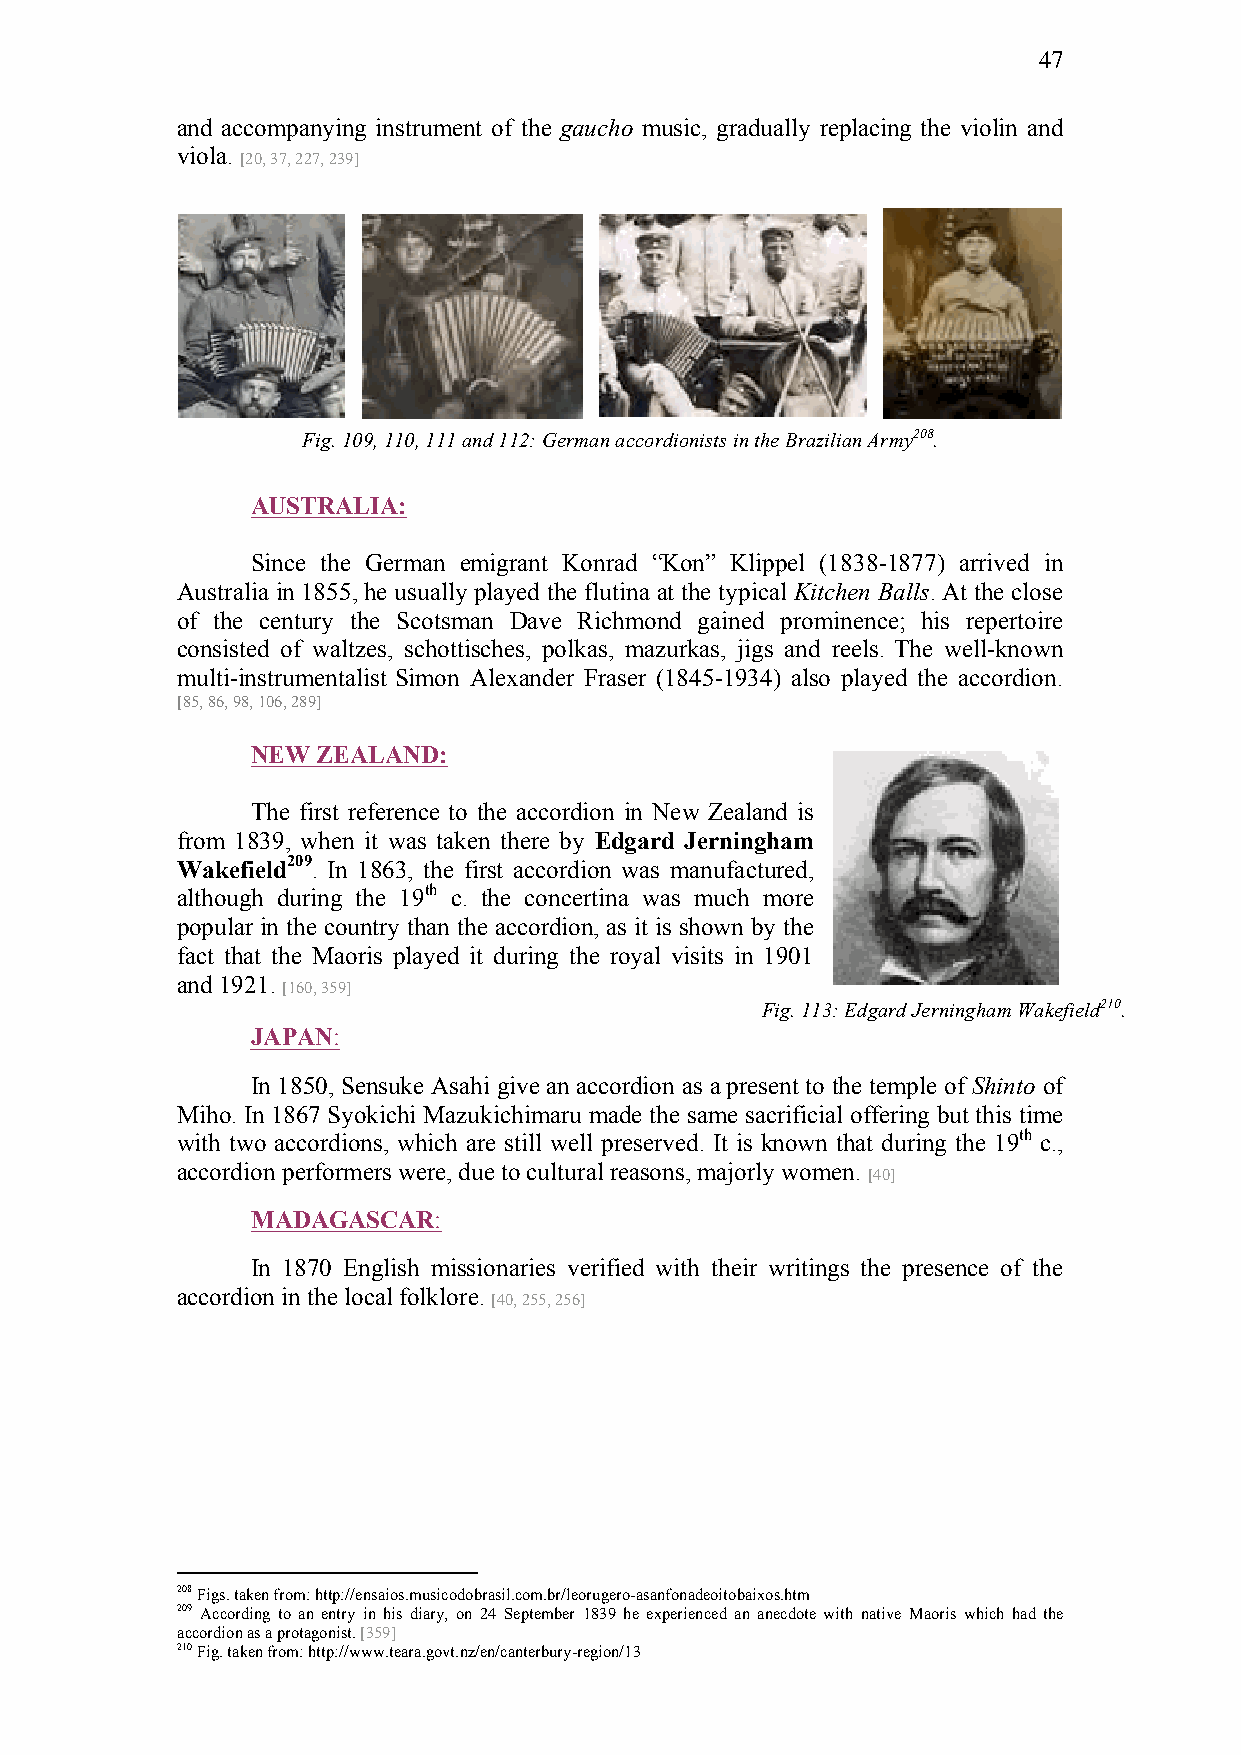
47
 and accompanying instrument of the gaucho music, gradually replacing the violin and
 viola.
 [20, 37, 227, 239]
 Fig. 109, 110, 111 and 112: German accordionists in the Brazilian Army208.
 AUSTRALIA:
 Since the German emigrant Konrad “Kon” Klippel (1838-1877) arrived in
 Australia in 1855, he usually played the flutina at the typical Kitchen Balls. At the close
 of the century the Scotsman Dave Richmond gained prominence; his repertoire
 consisted of waltzes, schottisches, polkas, mazurkas, jigs and reels. The well-known
 multi-instrumentalist Simon Alexander Fraser (1845-1934) also played the accordion.
 [85, 86, 98, 106, 289]
 NEW ZEALAND:
 The first reference to the accordion in New Zealand is
 from 1839, when it was taken there by Edgard Jerningham
 Wakefield209. In 1863, the first accordion was manufactured,
 although during the 19th c. the concertina was much more
 popular in the country than the accordion, as it is shown by the
 fact that the Maoris played it during the royal visits in 1901
 and 1921.
 [160, 359]
 Fig. 113: Edgard Jerningham Wakefield210.
 JAPAN:
 In 1850, Sensuke Asahi give an accordion as a present to the temple of Shinto of
 Miho. In 1867 Syokichi Mazukichimaru made the same sacrificial offering but this time
 with two accordions, which are still well preserved. It is known that during the 19th c.,
 accordion performers were, due to cultural reasons, majorly women.
 [40]
 MADAGASCAR:
 In 1870 English missionaries verified with their writings the presence of the
 accordion in the local folklore.
 [40, 255, 256]
 208 Figs. taken from: http://ensaios.musicodobrasil.com.br/leorugero-asanfonadeoitobaixos.htm
 209 According to an entry in his diary, on 24 September 1839 he experienced an anecdote with native Maoris which had the
 accordion as a protagonist. [359]
 210 Fig. taken from: http://www.teara.govt.nz/en/canterbury-region/13